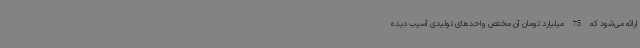
ارائه می‌شود که 75 میلیارد تومان آن مختص واحدهای تولیدی آسیب دیده